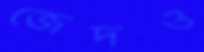
জেদও